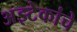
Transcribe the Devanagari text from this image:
अझ्टेकांचे